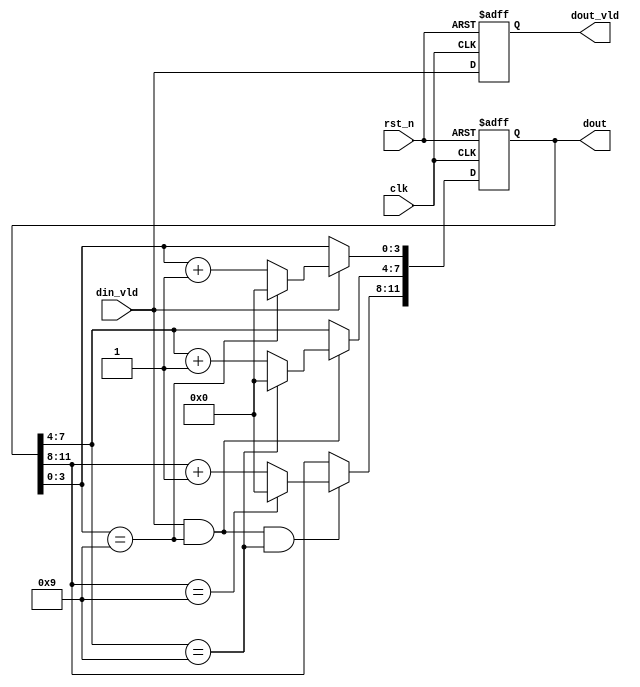
module counter(
    clk     ,
    rst_n   ,
    din_vld ,
    dout    ,
    dout_vld 
    );

    //
    parameter      NUM =  3;

    //
    input               clk    ;
    input               rst_n  ;
    input               din_vld;

    //
    output[4*NUM-1:0]   dout   ;
    output              dout_vld  ;

    //reg
    reg   [4*NUM-1:0]   dout     ;
    wire  [4*NUM-1:0]   dout_temp;
    reg                 dout_vld ;
    wire  [3:0]         temp[NUM-1:0];
    wire                add_1_flag[NUM-1:0];

genvar ii;
generate
    for(ii=0;ii<NUM;ii=ii+1)begin:FLGA_BRK
        assign temp[ii]      = dout[(ii+1)*4-1 -:4];

        if(ii==0)
           assign  add_1_flag[ii] = din_vld;
        else
           assign  add_1_flag[ii] = (add_1_flag[ii-1] && temp[ii-1]==9);

        assign dout_temp[(ii+1)*4-1 -:4] = (add_1_flag[ii])?((temp[ii]==9)?0:(temp[ii]+1)):temp[ii];
    end
endgenerate

    always  @(posedge clk or negedge rst_n)begin
        if(rst_n==1'b0)begin
            dout <= 0;
        end
        else begin
            dout <= dout_temp;
        end
    end

    always  @(posedge clk or negedge rst_n)begin
        if(rst_n==1'b0)begin
            dout_vld <= 1'b0;
        end
        else begin
            dout_vld <= din_vld;
        end
    end

endmodule